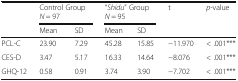
<table><thead><tr><td rowspan="2"></td><td colspan="2"><b>Control Group<i>N</i> = 97</b></td><td colspan="2"><b>“<i>Shidu</i>” Group<i>N</i> = 95</b></td><td rowspan="2"><b>t</b></td><td rowspan="2"><b><i>p</i>-value</b></td></tr><tr><td><b>Mean</b></td><td><b>SD</b></td><td><b>Mean</b></td><td><b>SD</b></td></tr></thead><tbody><tr><td>PCL-C</td><td>23.90</td><td>7.29</td><td>45.28</td><td>15.85</td><td>−11.970</td><td>&lt; .001***</td></tr><tr><td>CES-D</td><td>3.47</td><td>5.17</td><td>16.33</td><td>14.64</td><td>−8.076</td><td>&lt; .001***</td></tr><tr><td>GHQ-12</td><td>0.58</td><td>0.91</td><td>3.74</td><td>3.90</td><td>−7.702</td><td>&lt; .001***</td></tr></tbody></table>